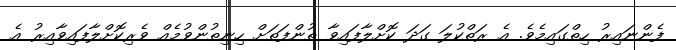
ފެންނައިރު ހިތްގައިމެވެ. އެ ރަތްކުލަ ގަދަ ކޮށްލާފައިވާ ތުންފަތަށް ހިނިތުންވުމެއް ވެރިކޮށްލާފައިވާއިރު އެ